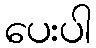
ပေးပါ